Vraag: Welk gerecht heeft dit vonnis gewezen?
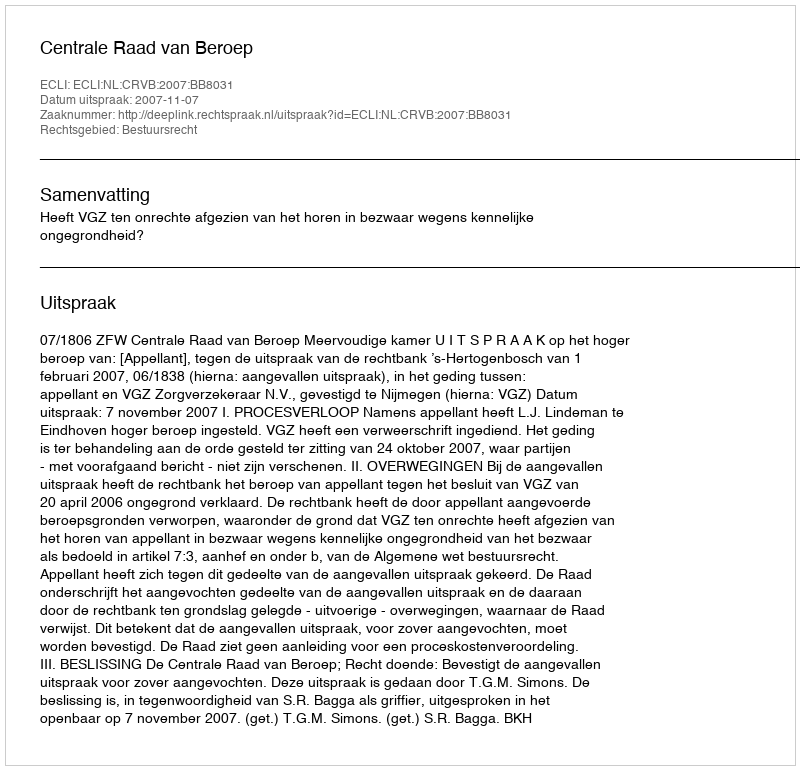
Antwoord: Centrale Raad van Beroep